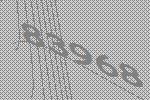
83968